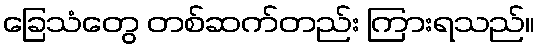
ခြေသံတွေ တစ်ဆက်တည်း ကြားရသည်။